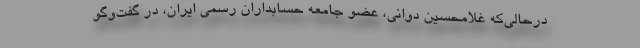
درحالی‌که غلامحسین دوانی، عضو جامعه حسابداران رسمی ایران، در گفت‌وگو